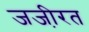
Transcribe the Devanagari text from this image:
जजी़रत